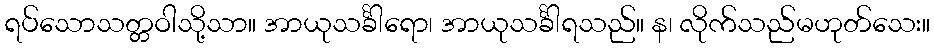
ရပ်သောသတ္တဝါသို့သာ။ အာယုသင်္ခါရော၊ အာယုသင်္ခါရသည်။ န၊ လိုက်သည်မဟုတ်သေး။